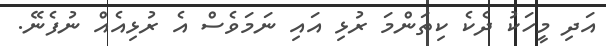
އަދި މީހަކު ދެކެ ކިތަންމަ ރުޅި އައި ނަމަވެސް އެ ރުޅިއެއް ނުފެނޭ.